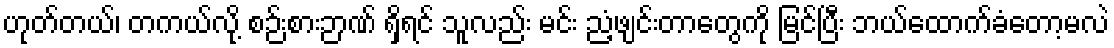
ဟုတ်တယ်၊ တကယ်လို့ စဉ်းစားဉာဏ် ရှိရင် သူလည်း မင်း ညံ့ဖျင်းတာတွေကို မြင်ပြီး ဘယ်ထောက်ခံတော့မလဲ